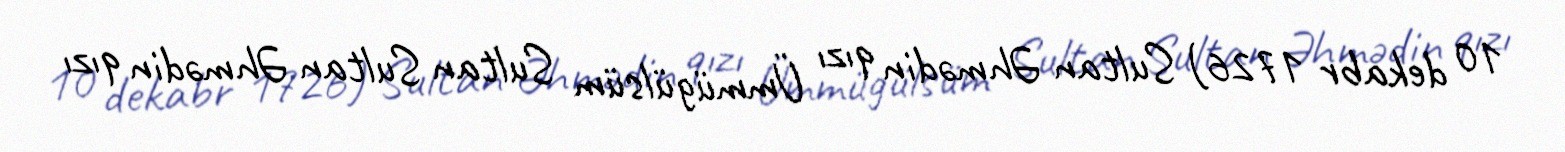
10 dekabr 1726) Sultan Əhmədin qızı Ümmügülsüm Sultan Sultan Əhmədin qızı